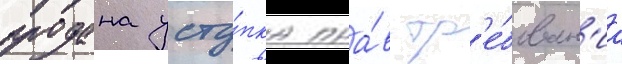
продана усту́пка пра́в тр'е́бован'иа